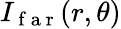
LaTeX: I_{\mathrm{~f~a~r~}}(r,\theta)